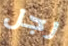
رجل